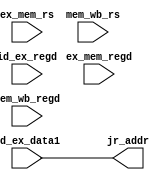
module jr_address(

	input [31:0] id_ex_data1,
	input [31:0] ex_mem_rs,
	input [31:0] mem_wb_rs,
	
	input [4:0] id_ex_regd,
	input [4:0] ex_mem_regd,
	input [4:0] mem_wb_regd,
	
	output reg [31:0] jr_addr);
	
	always @* begin
	
		jr_addr = id_ex_data1;
		
		/*if(id_ex_regd == ex_mem_regd) begin
		
			jr_addr = ex_mem_rs;
			
		end
		
		else if (id_ex_regd == mem_wb_regd) begin
		
			jr_addr = mem_wb_rs;
		
		end */
	
	end
	
endmodule